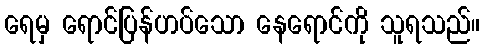
ရေမှ ရောင်ပြန်ဟပ်သော နေရောင်ကို သူရသည်။